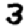
Digit: 3